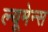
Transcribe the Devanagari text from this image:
ल्यूमेन्स